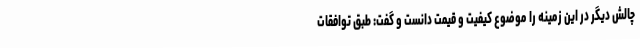
چالش دیگر در این زمینه را موضوع کیفیت و قیمت دانست و گفت: طبق توافقات